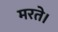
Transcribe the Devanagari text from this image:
मरते।